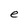
Character: e